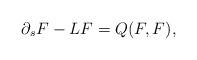
LaTeX: \begin{align*}\partial_s F - L F = Q(F,F) ,\end{align*}